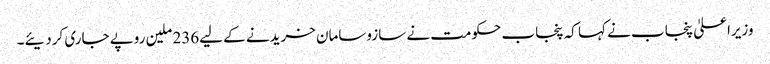
وزیراعلیٰ پنجاب نے کہا کہ پنجاب حکومت نے سازوسامان خریدنے کے لیے236 ملین روپے جاری کردیئے۔